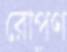
রোপণ